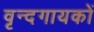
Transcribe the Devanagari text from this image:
वृन्दगायकों